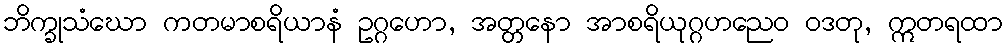
ဘိက္ခုသံဃော ကတမာစရိယာနံ ဥဂ္ဂဟော, အတ္တနော အာစရိယုဂ္ဂဟညေဝ ဝဒတု, ဣတရထာ